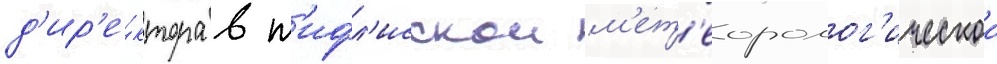
д'ир'е́ктора в т'ифл'исскои м'ет'еоролог'ическои